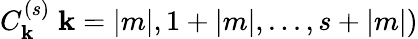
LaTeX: C_{\mathbf{k}}^{(s)}\; \mathbf{k}=|m|,1+|m|,...,s+|m|)